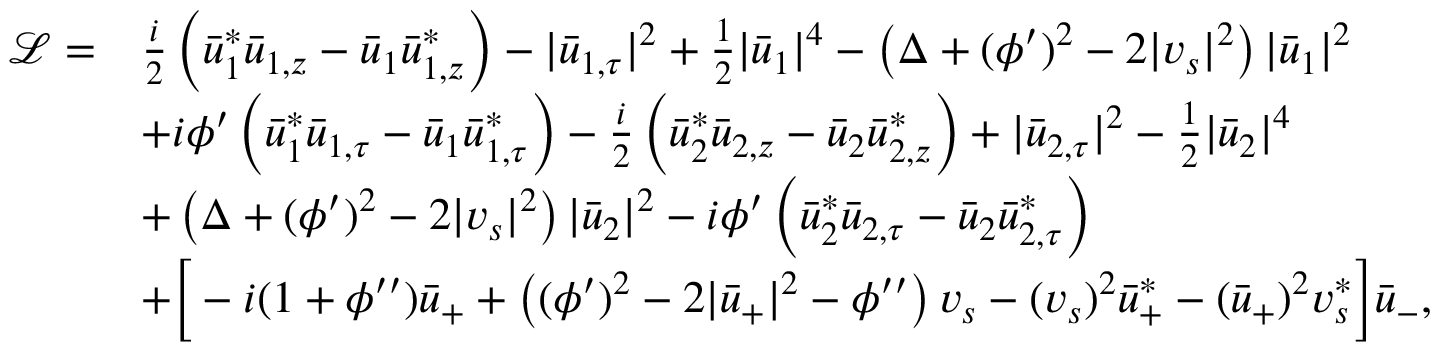
\begin{array} { r l } { { \mathcal { L } } = } & { \frac { i } { 2 } \left( \bar { u } _ { 1 } ^ { * } \bar { u } _ { 1 , z } - \bar { u } _ { 1 } \bar { u } _ { 1 , z } ^ { * } \right) - | \bar { u } _ { 1 , \tau } | ^ { 2 } + \frac { 1 } { 2 } | \bar { u } _ { 1 } | ^ { 4 } - \left( \Delta + ( \phi ^ { \prime } ) ^ { 2 } - 2 | v _ { s } | ^ { 2 } \right) | \bar { u } _ { 1 } | ^ { 2 } } \\ & { + i \phi ^ { \prime } \left( \bar { u } _ { 1 } ^ { * } \bar { u } _ { 1 , \tau } - \bar { u } _ { 1 } \bar { u } _ { 1 , \tau } ^ { * } \right) - \frac { i } { 2 } \left( \bar { u } _ { 2 } ^ { * } \bar { u } _ { 2 , z } - \bar { u } _ { 2 } \bar { u } _ { 2 , z } ^ { * } \right) + | \bar { u } _ { 2 , \tau } | ^ { 2 } - \frac { 1 } { 2 } | \bar { u } _ { 2 } | ^ { 4 } } \\ & { + \left( \Delta + ( \phi ^ { \prime } ) ^ { 2 } - 2 | v _ { s } | ^ { 2 } \right) | \bar { u } _ { 2 } | ^ { 2 } - i \phi ^ { \prime } \left( \bar { u } _ { 2 } ^ { * } \bar { u } _ { 2 , \tau } - \bar { u } _ { 2 } \bar { u } _ { 2 , \tau } ^ { * } \right) } \\ & { + \Big [ - i ( 1 + \phi ^ { \prime \prime } ) \bar { u } _ { + } + \left( ( \phi ^ { \prime } ) ^ { 2 } - 2 | \bar { u } _ { + } | ^ { 2 } - \phi ^ { \prime \prime } \right) v _ { s } - ( v _ { s } ) ^ { 2 } \bar { u } _ { + } ^ { * } - ( \bar { u } _ { + } ) ^ { 2 } v _ { s } ^ { * } \Big ] \bar { u } _ { - } , } \end{array}